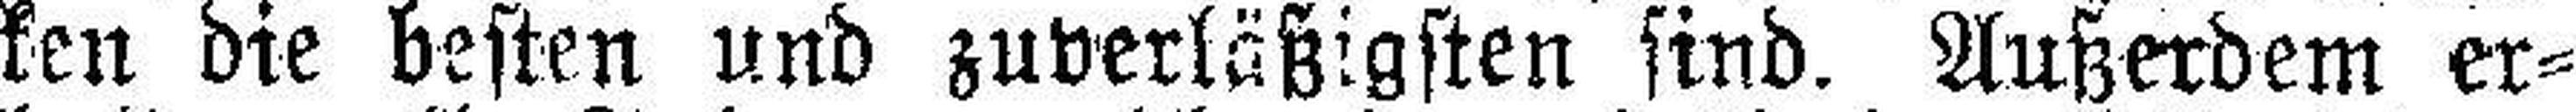
ken die besten und zuverläßigsten sind. Außerdem er¬